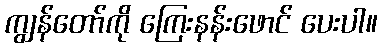
ကျွန်တော်ကို ကြေးနန်းဖောင် ပေးပါ။